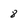
Character: 8